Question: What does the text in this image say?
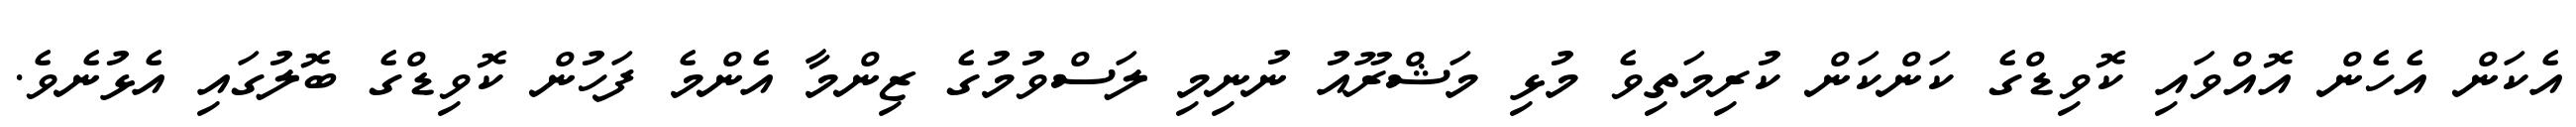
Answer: އެކަން އެހެން އޮއްވައި ކޮވިޑްގެ ކަންކަން ކުރިމަތިވެ މުޅި މަޝްރޫއު ނުނިމި ލަސްވުމުގެ ޒިންމާ އެންމެ ފަހުން ކޮވިޑްގެ ބޮލުގައި އެޅުނެވެ.